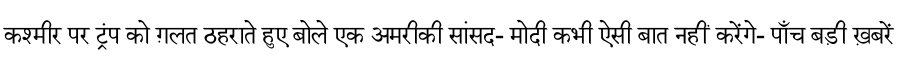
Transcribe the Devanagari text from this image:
कश्मीर पर ट्रंप को ग़लत ठहराते हुए बोले एक अमरीकी सांसद- मोदी कभी ऐसी बात नहीं करेंगे- पाँच बड़ी ख़बरें